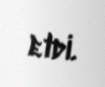
etdi.